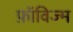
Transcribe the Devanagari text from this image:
फ़ॉविज्म